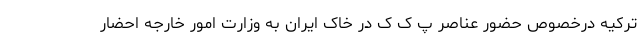
ترکیه درخصوص حضور عناصر پ ک ک در خاک ایران به وزارت امور خارجه احضار